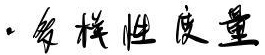
· 多样性度量